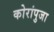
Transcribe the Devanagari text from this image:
कोरांपुजा